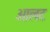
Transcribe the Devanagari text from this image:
आलट